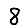
Digit: 8